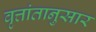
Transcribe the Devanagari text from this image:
वृत्तांतानुसार